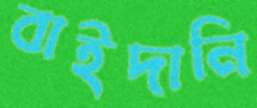
বাইদানি